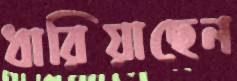
ধারিয়াছেন